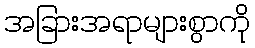
အခြားအရာများစွာကို